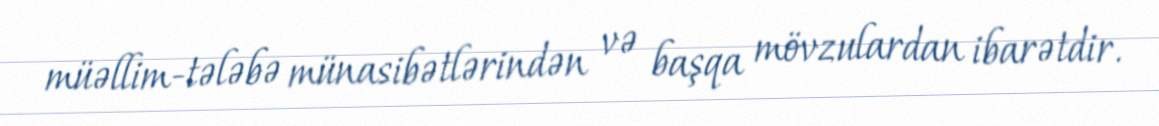
müəllim-tələbə münasibətlərindən və başqa mövzulardan ibarətdir.